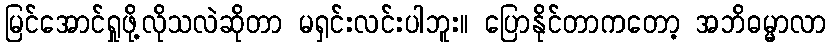
မြင်အောင်ရှုဖို့လိုသလဲဆိုတာ မရှင်းလင်းပါဘူး။ ပြောနိုင်တာကတော့ အဘိဓမ္မာလာ